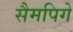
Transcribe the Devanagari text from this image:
सैमपिगे